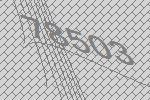
78503